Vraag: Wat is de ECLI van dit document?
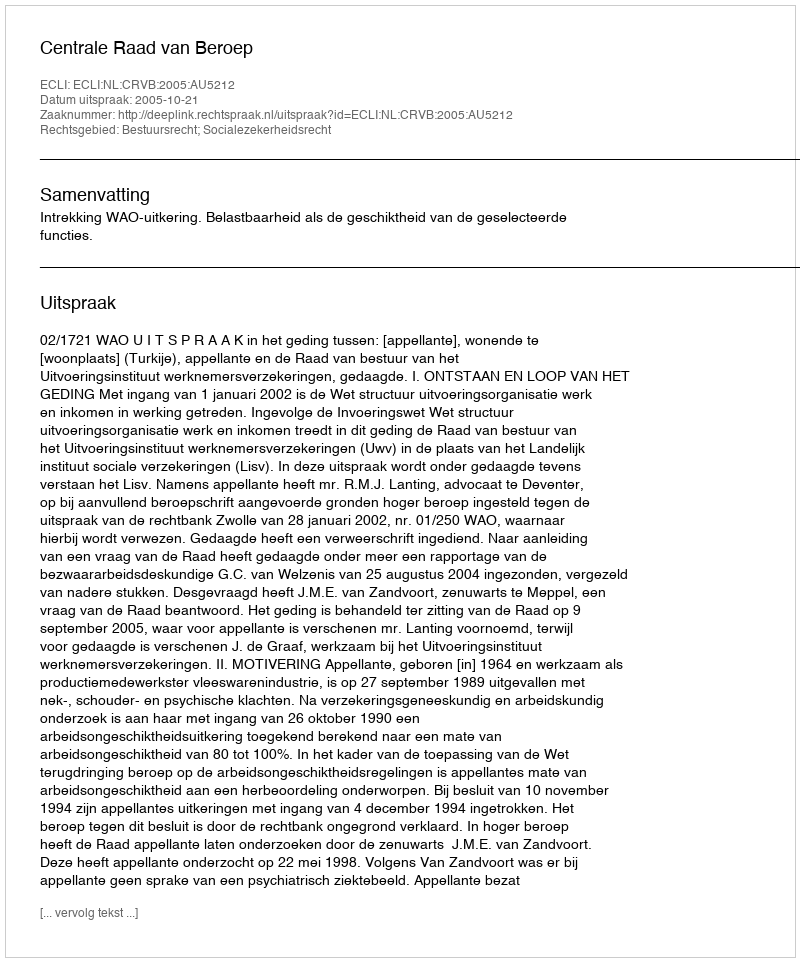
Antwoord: ECLI:NL:CRVB:2005:AU5212